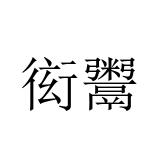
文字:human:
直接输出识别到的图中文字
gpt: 衒鬻